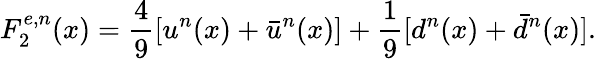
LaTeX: F_{2}^{e,n}(x)=\frac{4}{9}[u^{n}(x)+\bar{u}^{n}(x)]+\frac{1}{9}[d^{n}(x)+\bar{d}^{n}(x)].